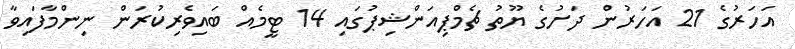
އަހަރުގެ 21 އަހަރުން ދަށުގެ ޔޫތު ޗެމްޕިއަންޝިޕުގައި 14 ޓީމެއް ބައިވެރިކުރަން ނިންމާފައިވާ